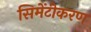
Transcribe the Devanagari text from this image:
सिमेंटीकरण